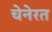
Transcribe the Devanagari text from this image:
चेनेरत